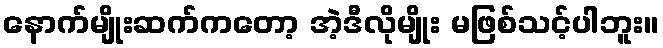
နောက်မျိုးဆက်ကတော့ အဲ့ဒီလိုမျိုး မဖြစ်သင့်ပါဘူး။